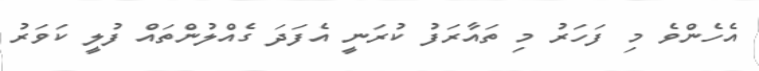
އެހެންވެ މި ފަހަރު މި ތައާރަފު ކުރަނީ އެފަދަ ގެއްލުންތައް ފުލީ ކަވަރު